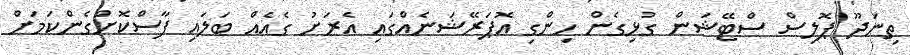
ތިނަދޫ ޕޮލިސް ސްޓޭޝަން ގުޅިގެން ހިންގި އޮޕަރޭޝަނެއްގައި އެރަށު ގެއެއް ބަލައި ފާސްކޮށްގެންކަމަށް